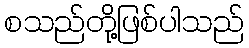
စသည်တို့ဖြစ်ပါသည်